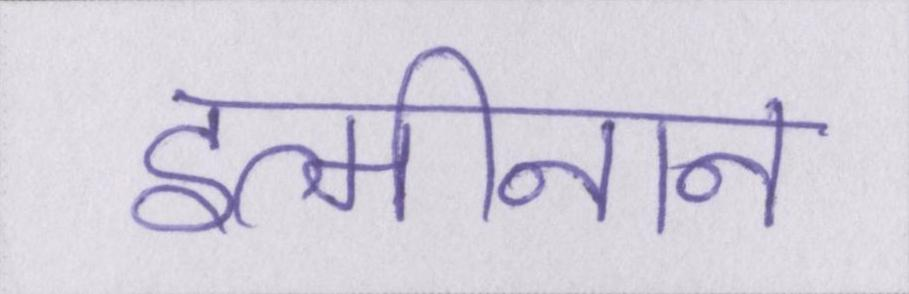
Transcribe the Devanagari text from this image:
इत्मीनान